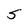
Character: S